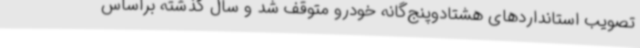
تصویب استانداردهای هشتادوپنج‌گانه خودرو متوقف شد و سال گذشته براساس